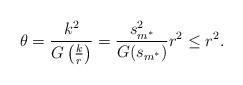
LaTeX: \begin{align*} \theta=\frac{k^2}{G\left(\frac{k}{r}\right)}=\frac{s_{m^*}^2}{G(s_{m^*})}r^2 \leq r^2.\end{align*}